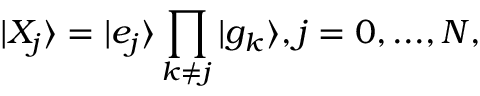
| X _ { j } \rangle = | e _ { j } \rangle \prod _ { k \neq j } | g _ { k } \rangle , j = 0 , . . . , N ,